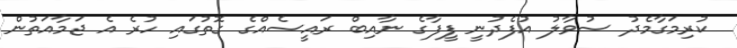
ކުރިމަގާމެދު ސުވާލު އުފެދުނީ ފީފާގެ ނާއިބް ރައީސެއްގެ ގޮތުގައި ހުރެ އެ ޖަމާއަތުން